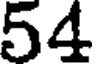
54